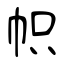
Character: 帜